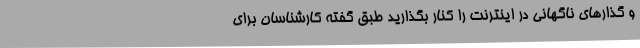
و گذارهای ناگهانی در اینترنت را کنار بگذارید طبق گفته کارشناسان برای